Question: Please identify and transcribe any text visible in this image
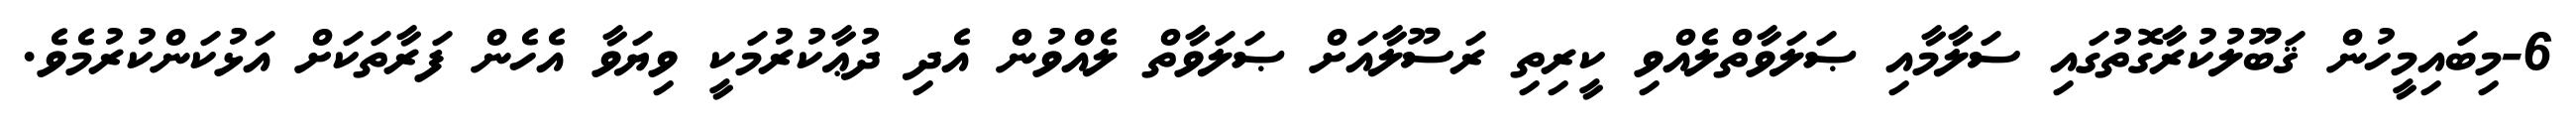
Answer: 6-މިބައިމީހުން ޤަބޫލުކުރާގޮތުގައި ސަލާމާއި ޞަލަވާތްލެއްވި ކީރިތި ރަސޫލާއަށް ޞަލަވާތް ލެއްވުން އެދި ދުޢާކުރުމަކީ ވިޔަވާ އެހެން ފަރާތަކަށް އަޅުކަންކުރުމެވެ.